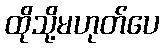
ထိုသို့မဟုတ်ပေ